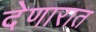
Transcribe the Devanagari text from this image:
देणारात